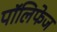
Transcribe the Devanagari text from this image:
पॉलिफेज